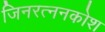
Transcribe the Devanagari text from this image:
जिनरत्ननकोश